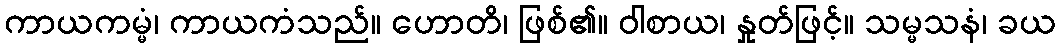
ကာယကမ္မံ၊ ကာယကံသည်။ ဟောတိ၊ ဖြစ်၏။ ဝါစာယ၊ နှုတ်ဖြင့်။ သမ္မသနံ၊ ခယ